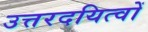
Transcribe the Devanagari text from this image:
उत्तरदयित्वों